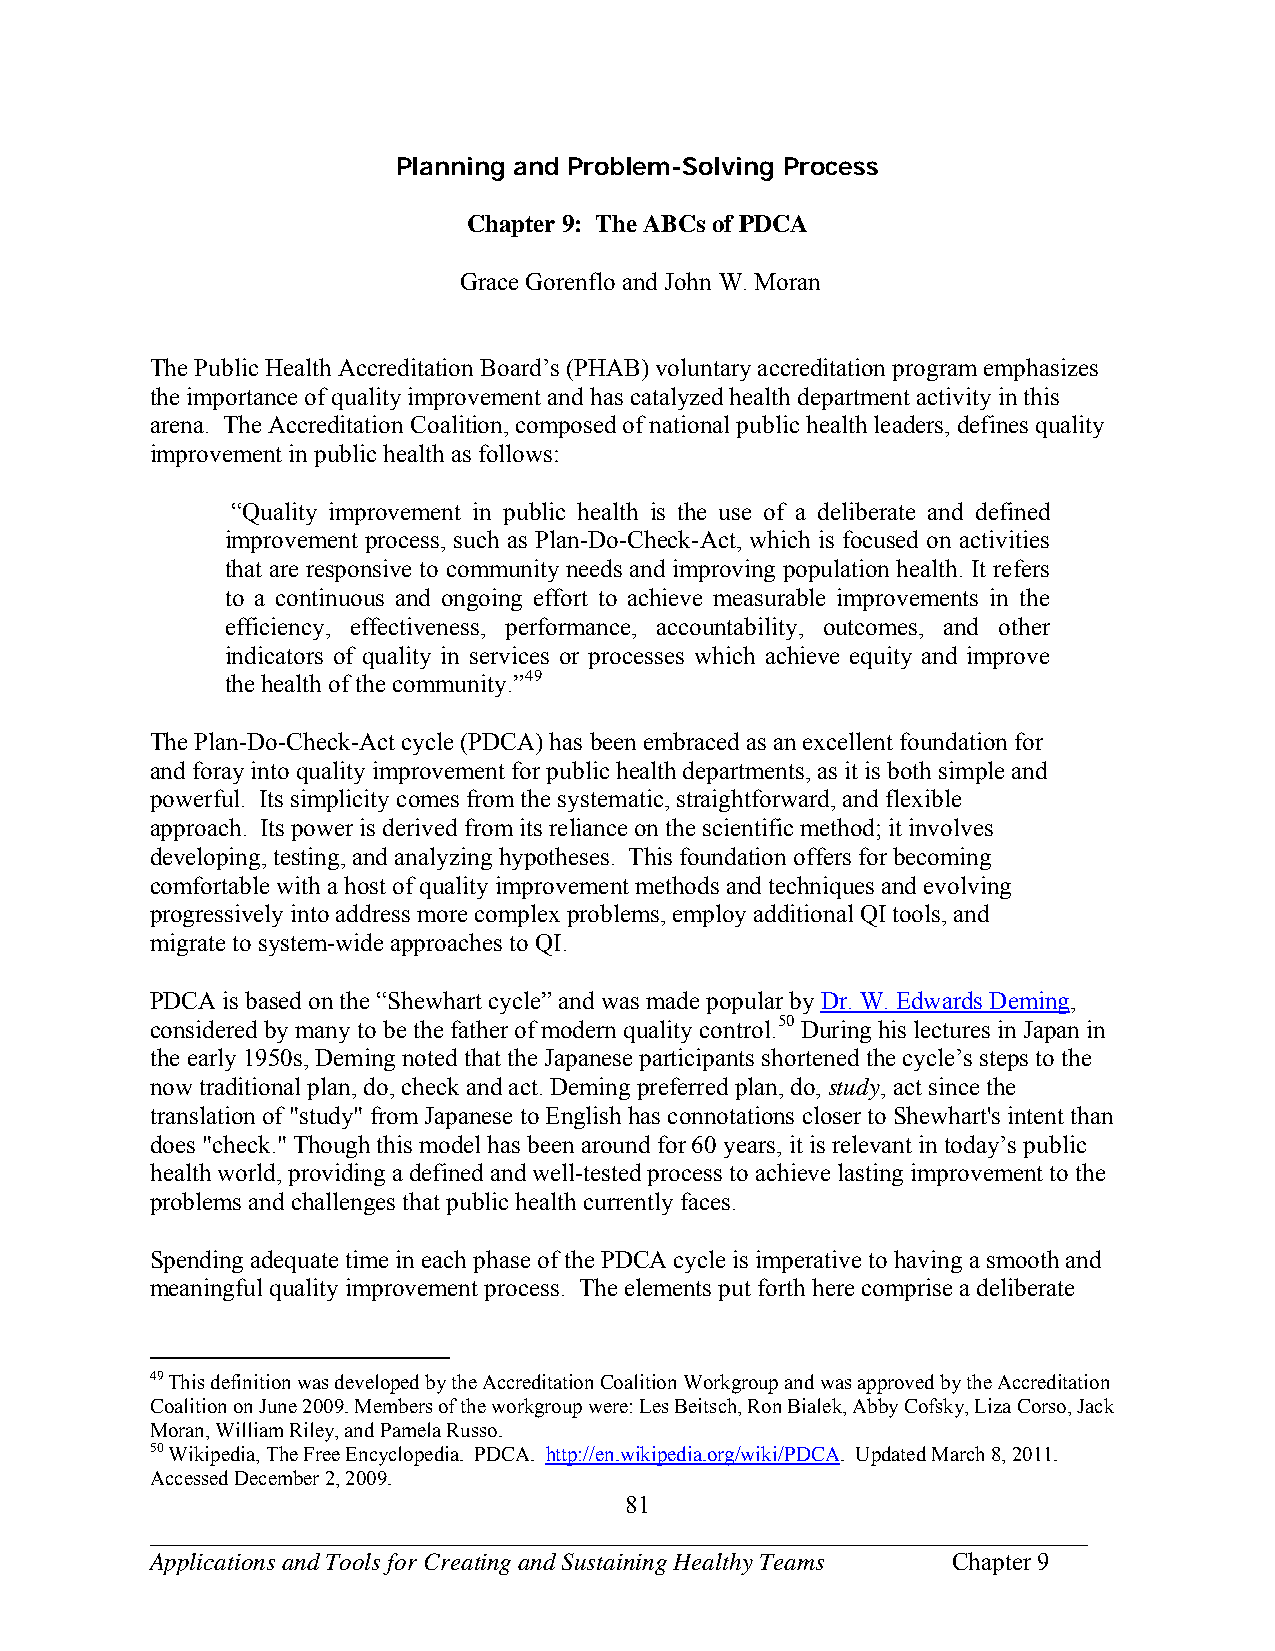
Planning and Problem-Solving Process
 Chapter 9: The ABCs of PDCA
 Grace Gorenflo and John W. Moran
 The Public Health Accreditation Board’s (PHAB) voluntary accreditation program emphasizes
 the importance of quality improvement and has catalyzed health department activity in this
 arena. The Accreditation Coalition, composed of national public health leaders, defines quality
 improvement in public health as follows:
 “Quality improvement in public health is the use of a deliberate and defined
 improvement process, such as Plan-Do-Check-Act, which is focused on activities
 that are responsive to community needs and improving population health. It refers
 to a continuous and ongoing effort to achieve measurable improvements in the
 efficiency, effectiveness, performance, accountability, outcomes, and other
 indicators of quality in services or processes which achieve equity and improve
 the health of the community.”49
 The Plan-Do-Check-Act cycle (PDCA) has been embraced as an excellent foundation for
 and foray into quality improvement for public health departments, as it is both simple and
 powerful. Its simplicity comes from the systematic, straightforward, and flexible
 approach. Its power is derived from its reliance on the scientific method; it involves
 developing, testing, and analyzing hypotheses. This foundation offers for becoming
 comfortable with a host of quality improvement methods and techniques and evolving
 progressively into address more complex problems, employ additional QI tools, and
 migrate to system-wide approaches to QI.
 PDCA is based on the “Shewhart cycle” and was made popular by Dr. W. Edwards Deming,
 considered by many to be the father of modern quality control.50 During his lectures in Japan in
 the early 1950s, Deming noted that the Japanese participants shortened the cycle’s steps to the
 now traditional plan, do, check and act. Deming preferred plan, do, study, act since the
 translation of "study" from Japanese to English has connotations closer to Shewhart's intent than
 does "check." Though this model has been around for 60 years, it is relevant in today’s public
 health world, providing a defined and well-tested process to achieve lasting improvement to the
 problems and challenges that public health currently faces.
 Spending adequate time in each phase of the PDCA cycle is imperative to having a smooth and
 meaningful quality improvement process. The elements put forth here comprise a deliberate
 49 This definition was developed by the Accreditation Coalition Workgroup and was approved by the Accreditation
 Coalition on June 2009. Members of the workgroup were: Les Beitsch, Ron Bialek, Abby Cofsky, Liza Corso, Jack
 Moran, William Riley, and Pamela Russo.
 50 Wikipedia, The Free Encyclopedia. PDCA. http://en.wikipedia.org/wiki/PDCA. Updated March 8, 2011.
 Accessed December 2, 2009.
 81
 ___________________________________________________________________________
 Applications and Tools for Creating and Sustaining Healthy Teams Chapter 9